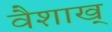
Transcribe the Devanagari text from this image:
वैशाख्